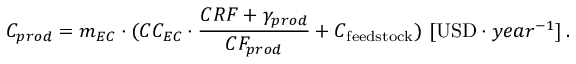
C _ { p r o d } = m _ { E C } \cdot ( C C _ { E C } \cdot \frac { C R F + \gamma _ { p r o d } } { C F _ { p r o d } } + C _ { \mathrm { f e e d s t o c k } } ) \ [ \mathrm { U S D } \cdot y e a r ^ { - 1 } ] \, .